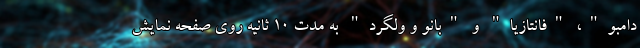
دامبو"، "فانتازیا" و "بانو و ولگرد" به مدت 10 ثانیه روی صفحه نمایش